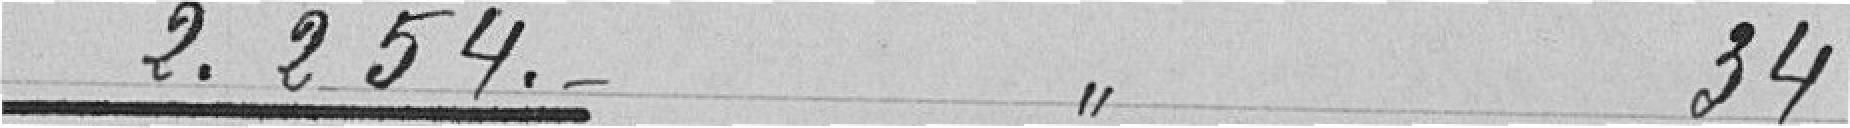
2.254. 34